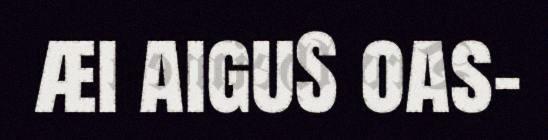
æi aiguS oas-